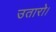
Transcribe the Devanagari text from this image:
उतारो।